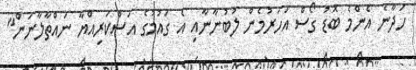
ހަދާނެ އެންމެ ބޮޑު ގޯސް އަހަރުމެން ލުބުނާނާއި އެ ގައުމުގެ އަސްކަރިއްޔާ ނައްތާލާނަން"